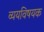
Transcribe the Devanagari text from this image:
व्ययविषयक